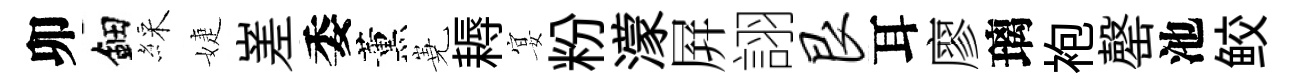
卯鈿綵婕嵳委薰嶤耨宴粉濛屛詡艮耳廖璃袍罄池鲛